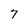
Character: 7